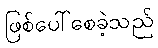
ဖြစ်ပေါ်စေခဲ့သည်